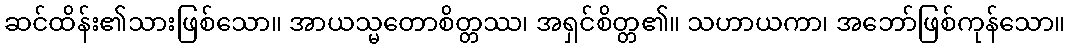
ဆင်ထိန်း၏သားဖြစ်သော။ အာယသ္မတောစိတ္တဿ၊ အရှင်စိတ္တ၏။ သဟာယကာ၊ အဘော်ဖြစ်ကုန်သော။